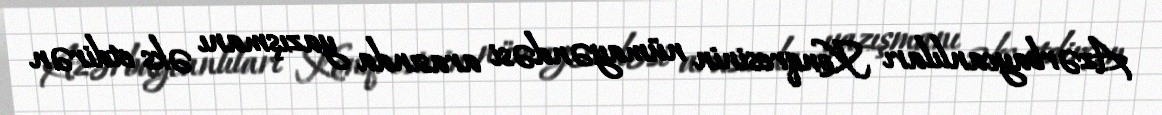
Azərbaycanlıları Konqresinin nümayəndəsi arasında yazışmanı əks etdirən